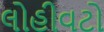
લોહીવટો